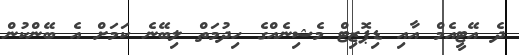
ދެ އޭޓީއެމް އާއި ޑިޕޮޒިޓް މެޝިނެއްގެ ހިދުމަތް ލިބޭނެ ކަމަށް އެ ބޭންކުން